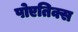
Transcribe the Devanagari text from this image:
पोएतिक्स